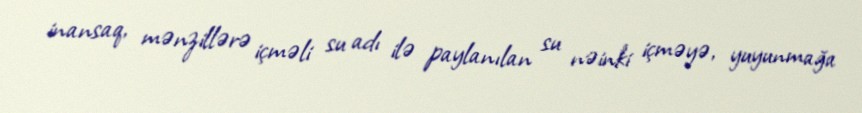
inansaq, mənzillərə içməli su adı ilə paylanılan su nəinki içməyə, yuyunmağa